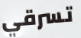
تسرقي